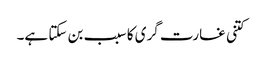
کتنی غارت گری کا سبب بن سکتا ہے۔